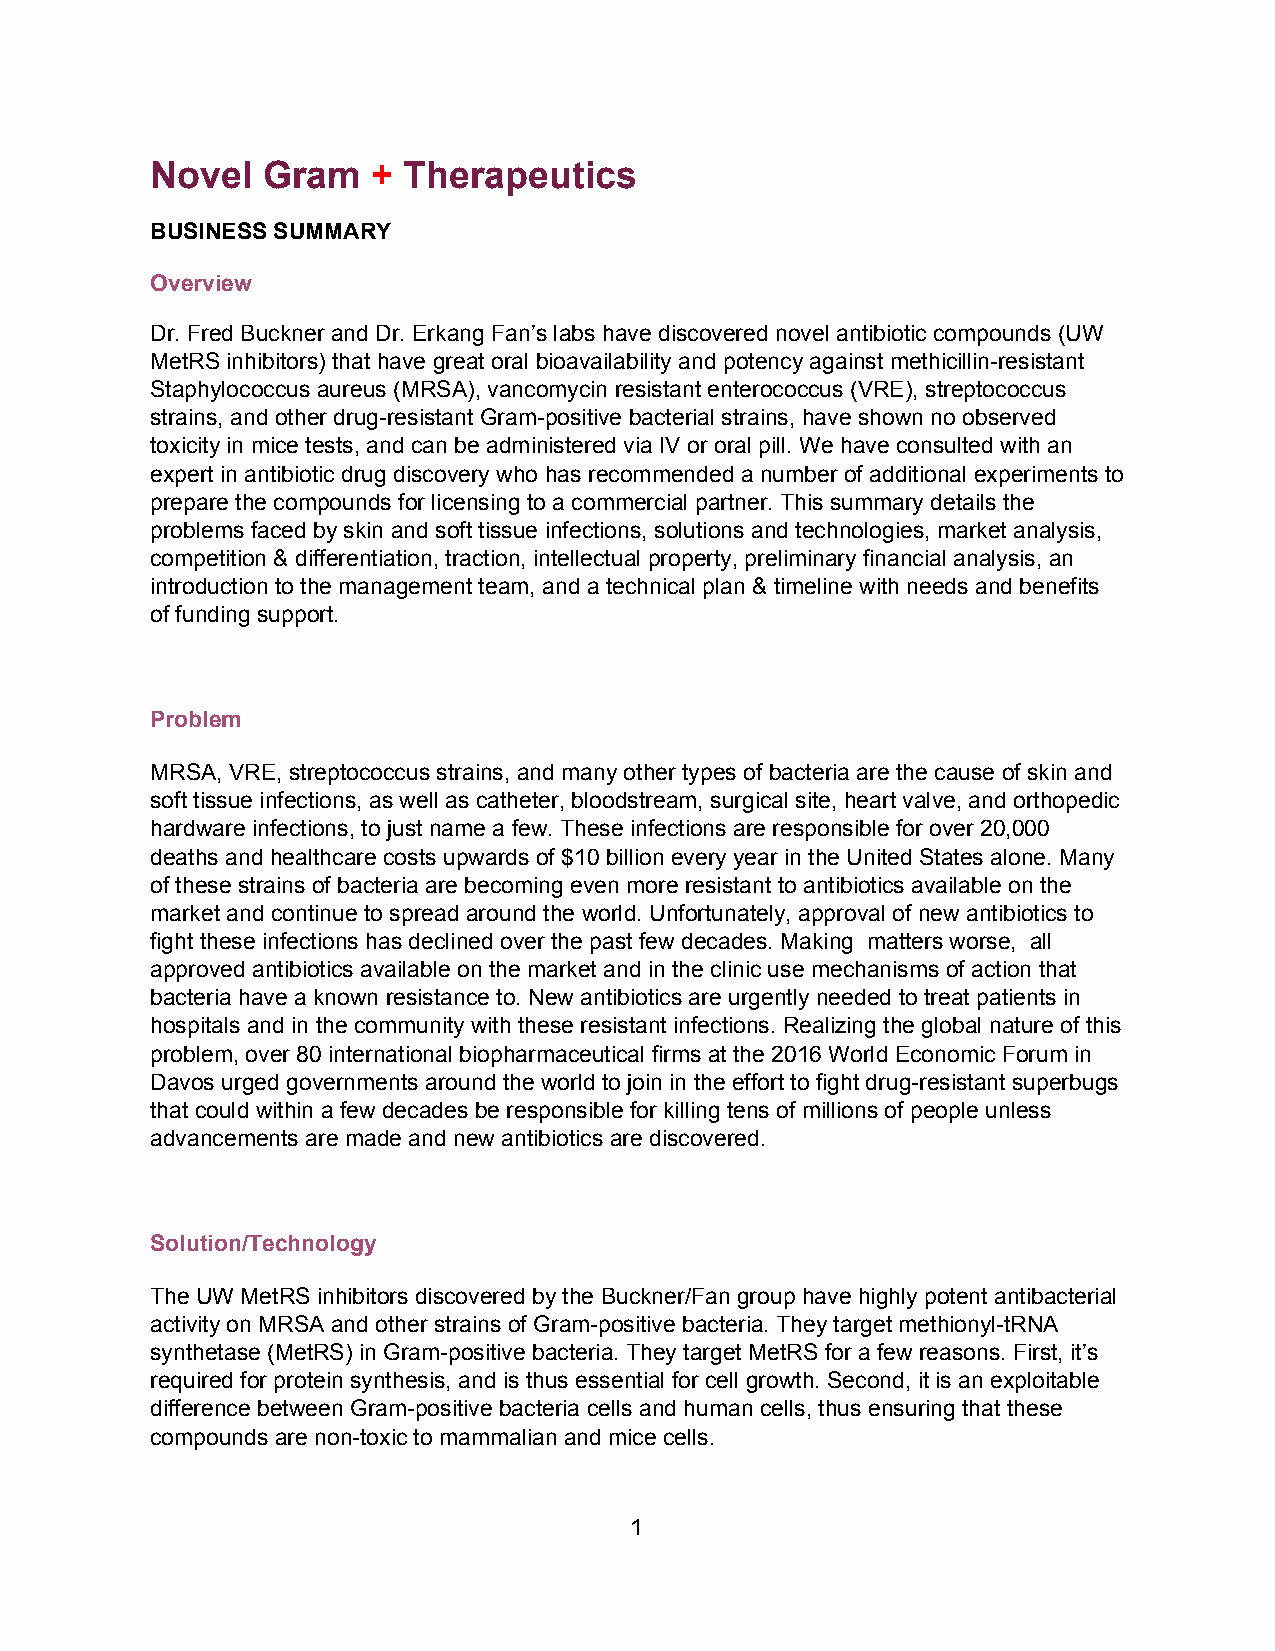
Novel  Gram    + Therapeutics
 ​​
 BUSINESS SUMMARY
 Overview
 Dr. Fred Buckner and Dr. Erkang Fan’s labs have discovered novel antibiotic compounds (UW
 MetRS inhibitors) that have great oral bioavailability and potency against methicillin­resistant
 Staphylococcus aureus (MRSA), vancomycin resistant enterococcus (VRE), streptococcus
 strains, and other drug­resistant Gram­positive bacterial strains, have shown no observed
 toxicity in mice tests, and can be administered via IV or oral pill. We have consulted with an
 ​​
 expert in antibiotic drug discovery who has recommended a number of additional experiments to
 prepare the compounds for licensing to a commercial partner. This summary details the
 problems faced by skin and soft tissue infections, solutions and technologies, market analysis,
 competition & differentiation, traction, intellectual property, preliminary financial analysis, an
 introduction to the management team, and a technical plan & timeline with needs and benefits
 of funding support.
 Problem
 MRSA, VRE, streptococcus strains, and many other types of bacteria are the cause of skin and
 soft tissue infections, as well as catheter, bloodstream, surgical site, heart valve, and orthopedic
 hardware infections, to just name a few. These infections are responsible for over 20,000
 deaths and healthcare costs upwards of $10 billion every year in the United States alone. Many
 of these strains of bacteria are becoming even more resistant to antibiotics available on the
 market and continue to spread around the world. Unfortunately, approval of new antibiotics to
 fight these infections has declined over the past few decades. Making matters worse, all
 approved antibiotics available on the market and in the clinic use mechanisms of action that
 bacteria have a known resistance to. New antibiotics are urgently needed to treat patients in
 hospitals and in the community with these resistant infections. Realizing the global nature of this
 problem, over 80 international biopharmaceutical firms at the 2016 World Economic Forum in
 Davos urged governments around the world to join in the effort to fight drug­resistant superbugs
 that could within a few decades be responsible for killing tens of millions of people unless
 advancements are made and new antibiotics are discovered.
 Solution/Technology
 The UW MetRS inhibitors discovered by the Buckner/Fan group have highly potent antibacterial
 activity on MRSA and other strains of Gram­positive bacteria. They target methionyl­tRNA
 synthetase (MetRS) in Gram­positive bacteria. They target MetRS for a few reasons. First, it’s
 required for protein synthesis, and is thus essential for cell growth. Second, it is an exploitable
 difference between Gram­positive bacteria cells and human cells, thus ensuring that these
 compounds are non­toxic to mammalian and mice cells.
 1